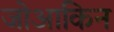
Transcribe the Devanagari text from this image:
जोआकिन